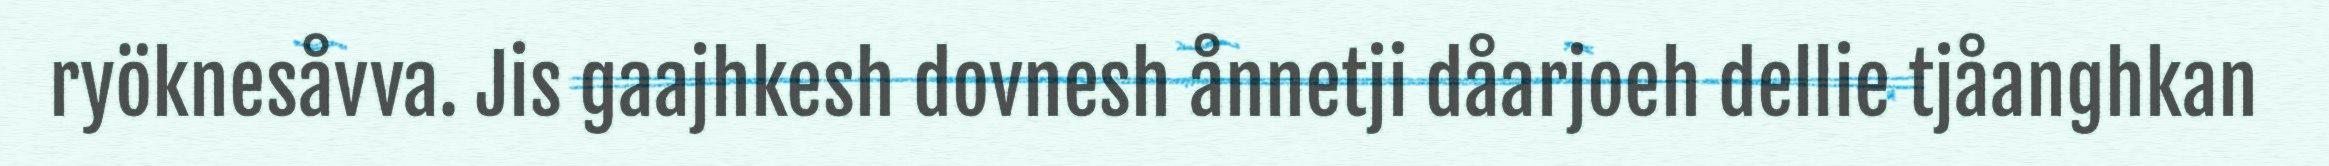
ryöknesåvva. Jis gaajhkesh dovnesh ånnetji dåarjoeh dellie tjåanghkan